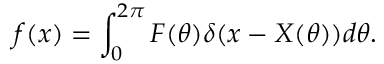
f ( x ) = \int _ { 0 } ^ { 2 \pi } F ( \theta ) \delta ( x - X ( \theta ) ) d \theta .